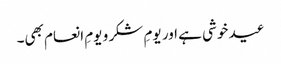
عید خوشی ہے اور یومِ شکر و یومِ انعام بھی۔